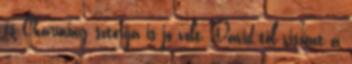
és Charming sztorija is jó volt, David-től viszont a